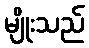
မျိုးသည်